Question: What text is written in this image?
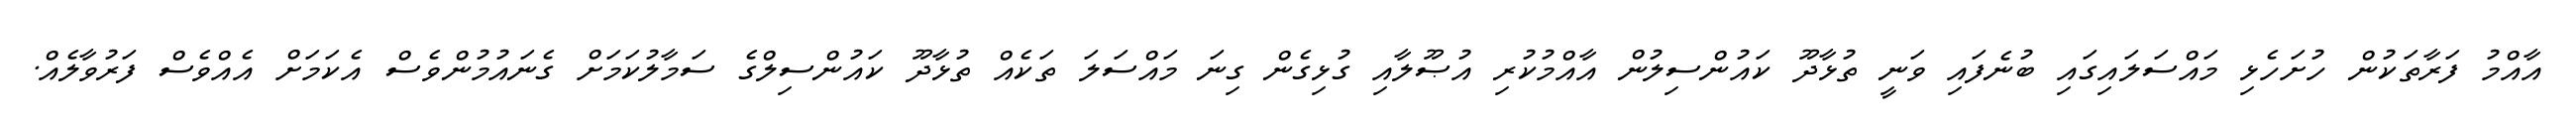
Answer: އާއްމު ފަރާތަކުން ހުށަހެޅި މައްސަލައިގައި ބުނެފައި ވަނީ ތުޅާދޫ ކައުންސިލުން އާއްމުކުރި އުޞޫލާއި ގުޅިގެން ގިނަ މައްސަލަ ތަކެއް ތުޅާދޫ ކައުންސިލްގެ ސަމާލުކަމަށް ގެނައުމުންވެސް އެކަމަށް އެއްވެސް ފަރުވާލެއް.